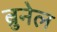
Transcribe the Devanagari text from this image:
ब्रुनेल